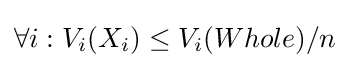
\forall i:V_{i}(X_{i})\leq V_{i}(Whole)/n